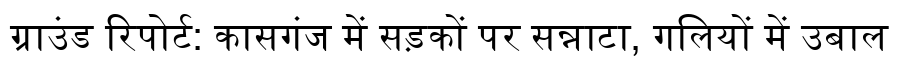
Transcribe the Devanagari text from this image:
ग्राउंड रिपोर्ट: कासगंज में सड़कों पर सन्नाटा, गलियों में उबाल